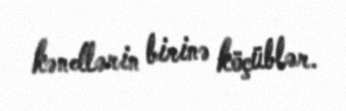
kəndlərin birinə köçüblər.